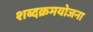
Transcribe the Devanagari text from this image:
शब्दक्रमयोजना